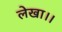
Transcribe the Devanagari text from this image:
लेखा।।